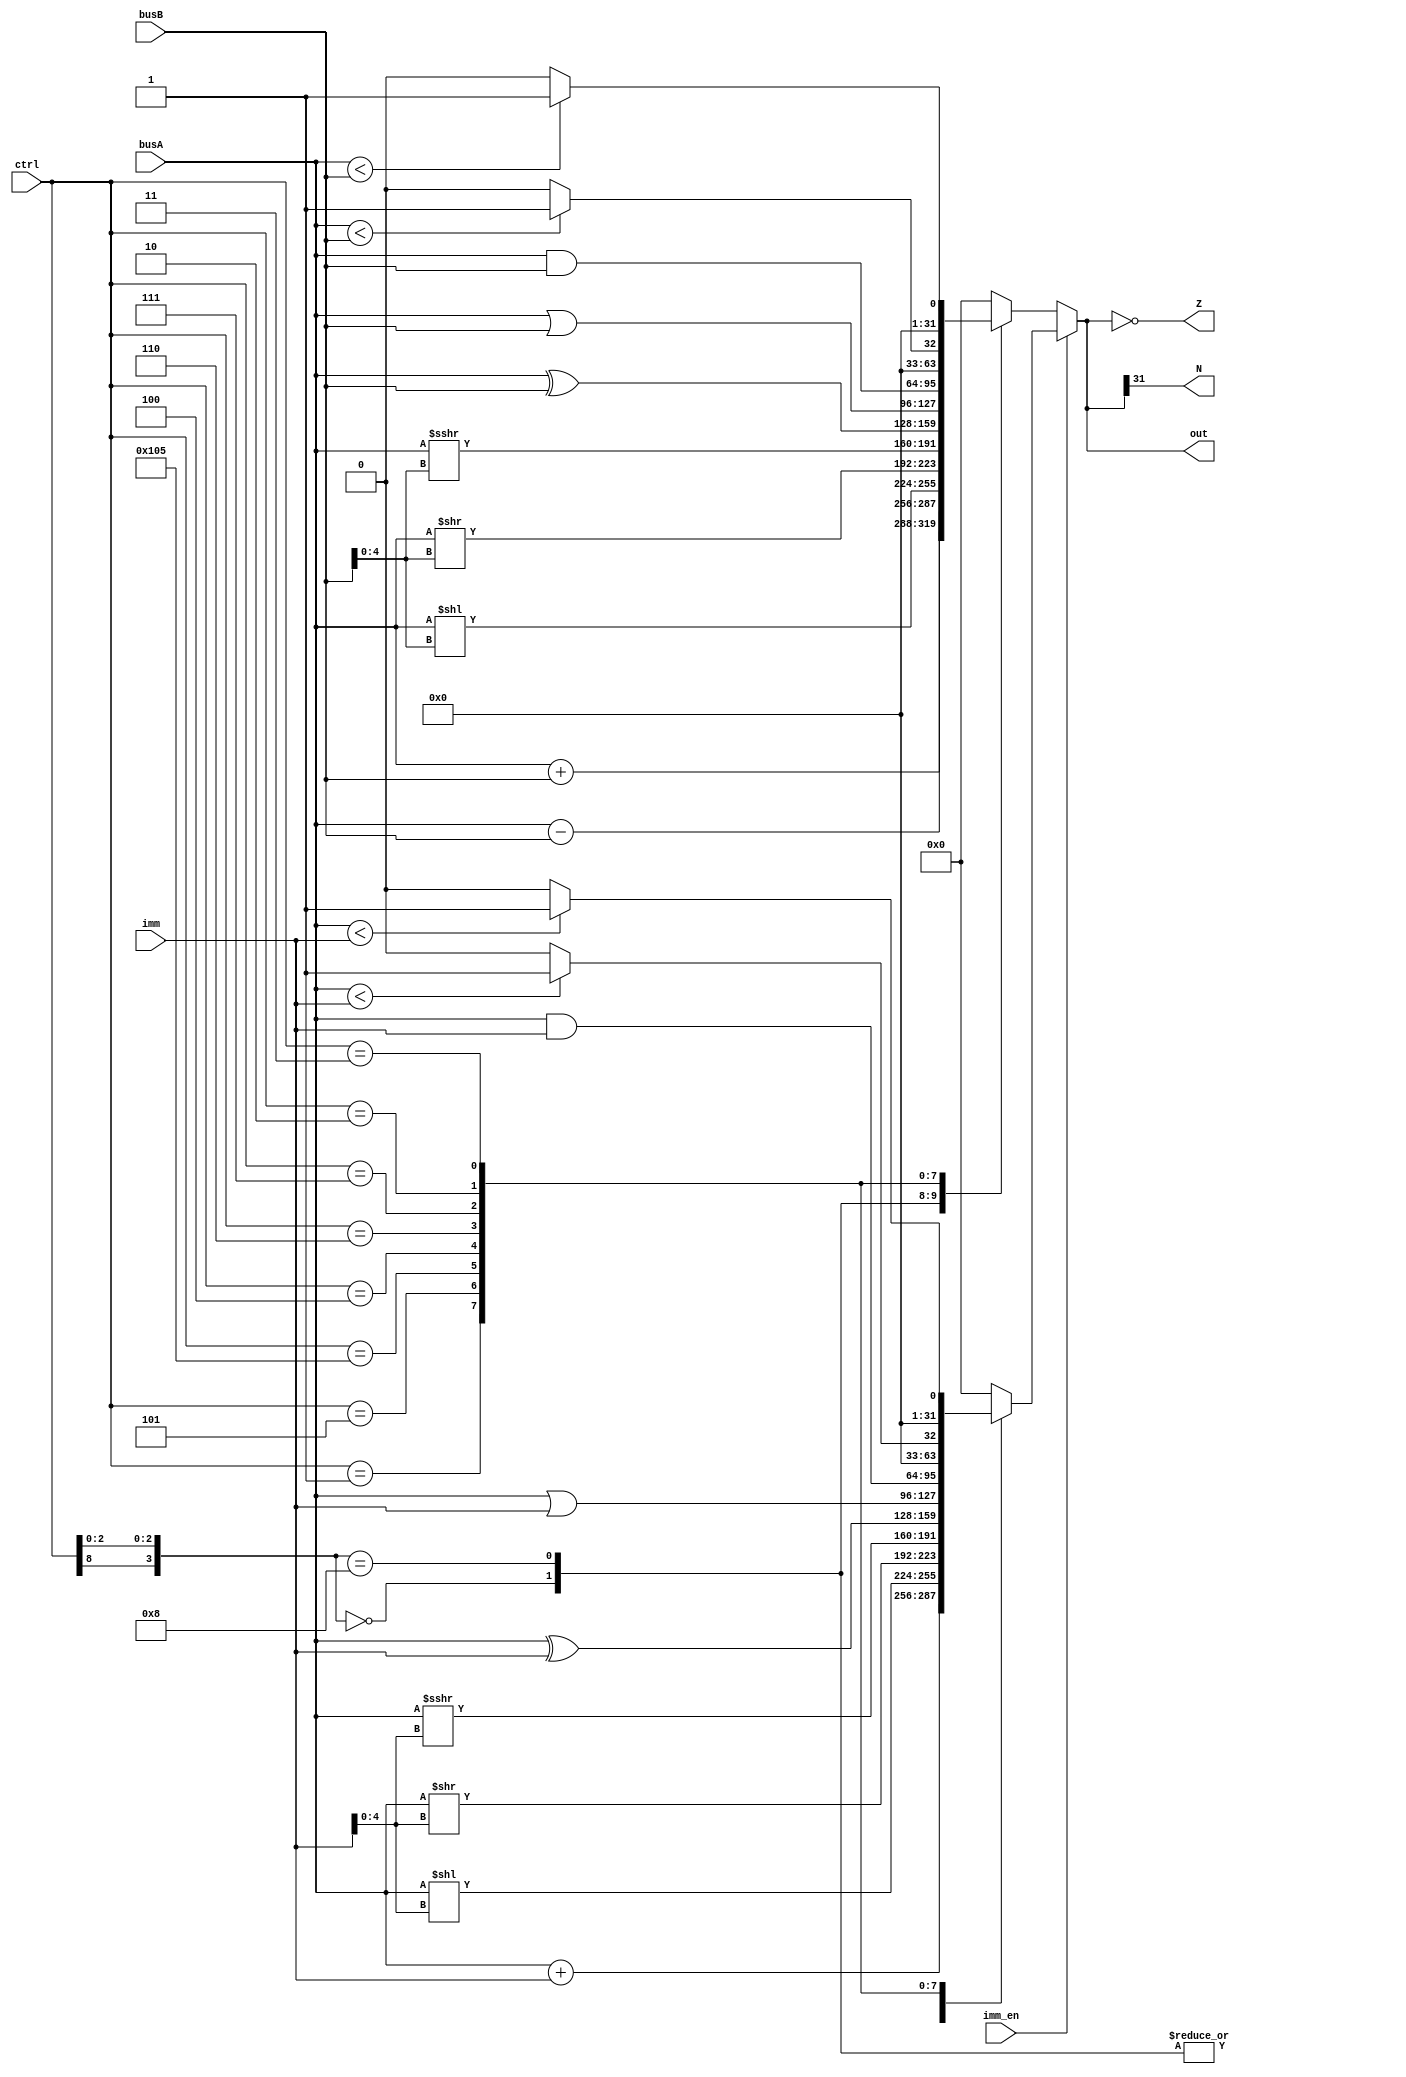
`define ALU_ADD		10'bx0xxxxx000		// Mismas operaciones con o sin inmediato
`define ALU_SUB		10'bx1xxxxx000
`define ALU_SLL		10'b0000000001      // Logic Shift Left
`define ALU_SRL		10'b0000000101      // Logic Shift Right
`define ALU_SRA		10'b0100000101      // Arithmetic shift right
`define ALU_XOR		10'b0000000100
`define ALU_OR			10'b0000000110
`define ALU_AND		10'b0000000111
`define ALU_SLT		10'b0000000010      // Set less than
`define ALU_SLTU		10'b0000000011      // Set less than unsigned


module alu
(
	input[31:0] busA,
	input[31:0] busB,
	input[31:0] imm,		// Immediate
	input imm_en,
	input[9:0] ctrl,
	output reg[31:0] out,
	//output wire C,			// CSR
	output wire N,
	output wire Z
 );

 
always @(busA, busB, imm, imm_en, ctrl)
begin
	if (!imm_en) begin
		casex (ctrl)
			`ALU_ADD:	out = busA + busB;
			`ALU_SUB:	out = busA - busB;
			`ALU_SLL:	out = busA << (busB[4:0]);
			`ALU_SRL:	out = busA >> (busB[4:0]);
			`ALU_SRA:	out = $signed(busA) >>> (busB[4:0]);
			`ALU_XOR:	out = busA ^ busB;
			`ALU_OR:	out = busA | busB;
			`ALU_AND:	out = busA & busB;
			`ALU_SLT:	out = ($signed(busA) < $signed(busB)) ? 1 : 0;
			`ALU_SLTU:	out = (busA < busB) ? 1 : 0;
			default: out=0;
		endcase
	end
	else begin
		casex (ctrl)
			`ALU_ADD:	out = busA + imm;
			`ALU_SUB:	out = busA + imm;		// Considero la resta como suma tambien
			`ALU_SLL:	out = busA << (imm[4:0]); 
			`ALU_SRL:	out = busA >> (imm[4:0]);
			`ALU_SRA:	out = $signed(busA) >>> (imm[4:0]);
			`ALU_XOR:	out = busA ^ imm;
			`ALU_OR:	out = busA | imm;
			`ALU_AND:	out = busA & imm;
			`ALU_SLT:	out = ($signed(busA) < $signed(imm)) ? 1 : 0;
			`ALU_SLTU:	out = (busA < imm) ? 1 : 0;
			default: out=0;
		endcase 
	end
end


assign N = out[31];
assign Z = (out == 0);
 
endmodule